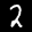
Label: 2